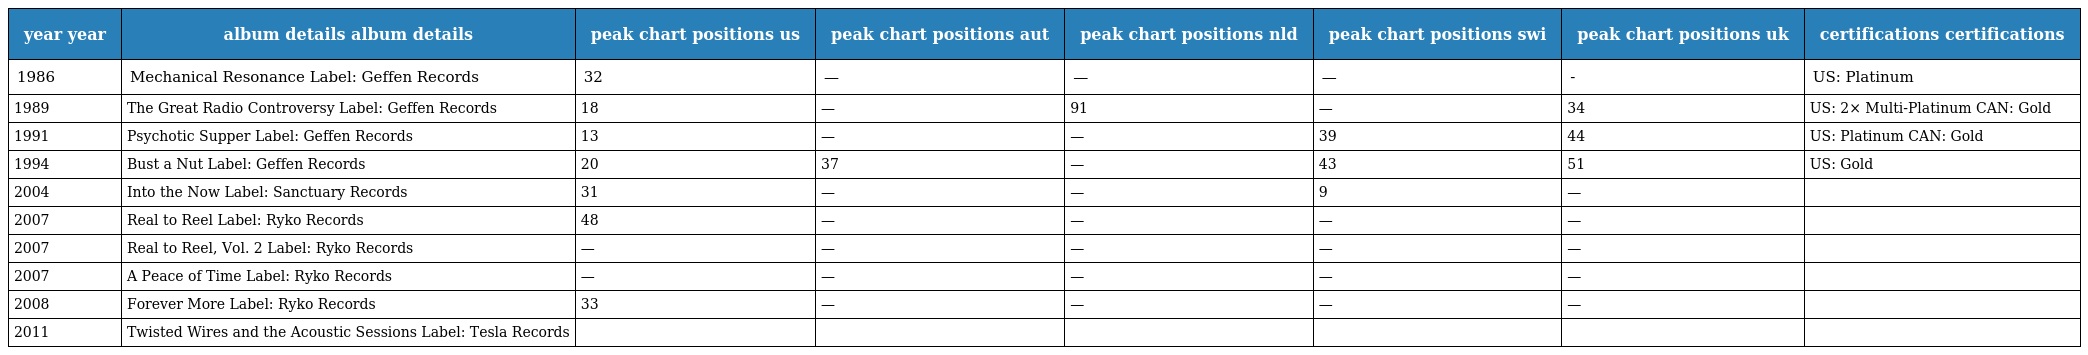
| year year | album details album details | peak chart positions us | peak chart positions aut | peak chart positions nld | peak chart positions swi | peak chart positions uk | certifications certifications |
 | --- | --- | --- | --- | --- | --- | --- | --- |
 | 1986 | Mechanical Resonance Label: Geffen Records | 32 | — | — | — | - | US: Platinum |
 | 1989 | The Great Radio Controversy Label: Geffen Records | 18 | — | 91 | — | 34 | US: 2× Multi-Platinum CAN: Gold |
 | 1991 | Psychotic Supper Label: Geffen Records | 13 | — | — | 39 | 44 | US: Platinum CAN: Gold |
 | 1994 | Bust a Nut Label: Geffen Records | 20 | 37 | — | 43 | 51 | US: Gold |
 | 2004 | Into the Now Label: Sanctuary Records | 31 | — | — | 9 | — |  |
 | 2007 | Real to Reel Label: Ryko Records | 48 | — | — | — | — |  |
 | 2007 | Real to Reel, Vol. 2 Label: Ryko Records | — | — | — | — | — |  |
 | 2007 | A Peace of Time Label: Ryko Records | — | — | — | — | — |  |
 | 2008 | Forever More Label: Ryko Records | 33 | — | — | — | — |  |
 | 2011 | Twisted Wires and the Acoustic Sessions Label: Tesla Records |  |  |  |  |  |  |